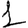
Digit: 1